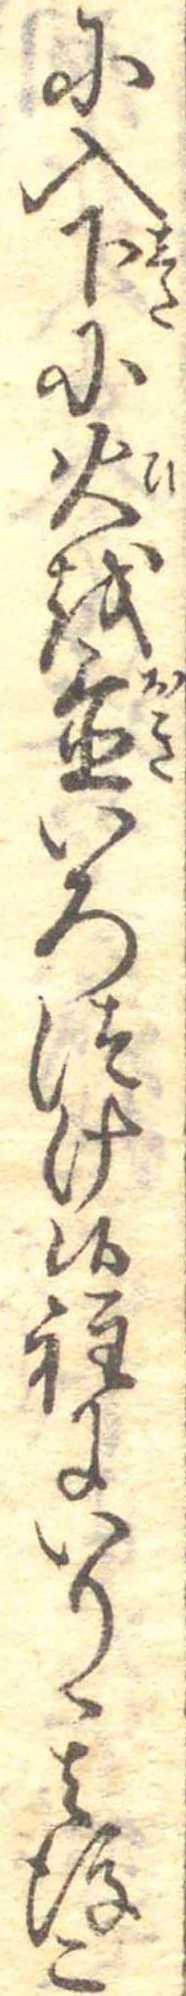
に入下に火を置いろつけ候程にいり其後こ